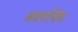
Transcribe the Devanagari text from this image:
अग्रपार्श्विक